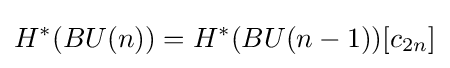
H^{*}(BU(n))=H^{*}(BU(n-1))[c_{2n}]